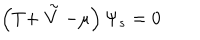
\left( T + \stackrel { \sim } { V } - \mu \right) \Psi _ { s } = 0